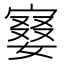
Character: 𡪚